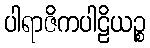
ပါရာဇိကပါဠိယဉ္စ